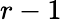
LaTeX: {r-1}